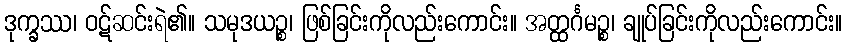
ဒုက္ခဿ၊ ဝဋ်ဆင်းရဲ၏။ သမုဒယဉ္စ၊ ဖြစ်ခြင်းကိုလည်းကောင်း။ အတ္ထင်္ဂမဉ္စ၊ ချုပ်ခြင်းကိုလည်းကောင်း။